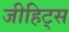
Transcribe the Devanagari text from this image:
जीहिट्स